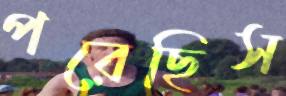
পরেছিস